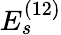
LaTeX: E_{s}^{(12)}